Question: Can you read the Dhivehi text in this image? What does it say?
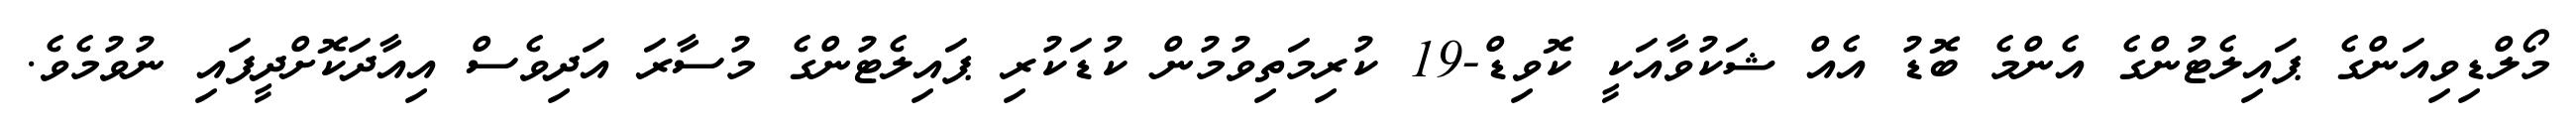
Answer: މޯލްޑިވިއަންގެ ޕައިލެޓުންގެ އެންމެ ބޮޑު އެއް ޝަކުވާއަކީ ކޮވިޑް-19 ކުރިމަތިވުމުން ކުޑަކުރި ޕައިލެޓުންގެ މުސާރަ އަދިވެސް އިއާދަކޮށްދީފައި ނުވުމެވެ.